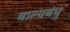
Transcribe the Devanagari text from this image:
बाल्यबंधु